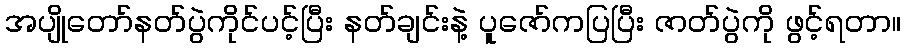
အပျိုတော်နတ်ပွဲကိုင်ပင့်ပြီး နတ်ချင်းနဲ့ ပူဇော်ကပြပြီး ဇာတ်ပွဲကို ဖွင့်ရတာ။